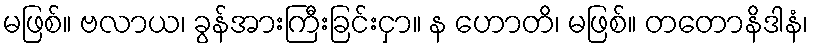
မဖြစ်။ ဗလာယ၊ ခွန်အားကြီးခြင်းငှာ။ န ဟောတိ၊ မဖြစ်။ တတောနိဒါနံ၊